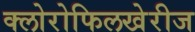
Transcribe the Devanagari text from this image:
क्लोरोफिलखेरीज